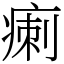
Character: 𤷫